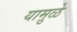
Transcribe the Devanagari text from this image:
यामु़ळे